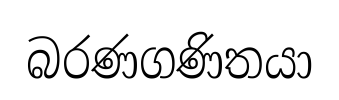
බරණගණිතයා